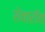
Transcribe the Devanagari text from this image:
शेवारॉय